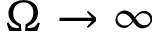
\Omega \to \infty